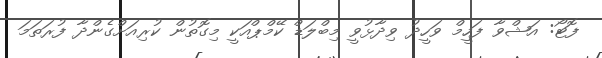
ފޮޓޯ: އަޝްވާ ފަހީމް ވަހީދު ވިދާޅުވީ މިބްލަޑް ކޭމްޕްއަކީ މިގޮތުން ކުރިއަށްގެންދާ ފުރަތަމަ